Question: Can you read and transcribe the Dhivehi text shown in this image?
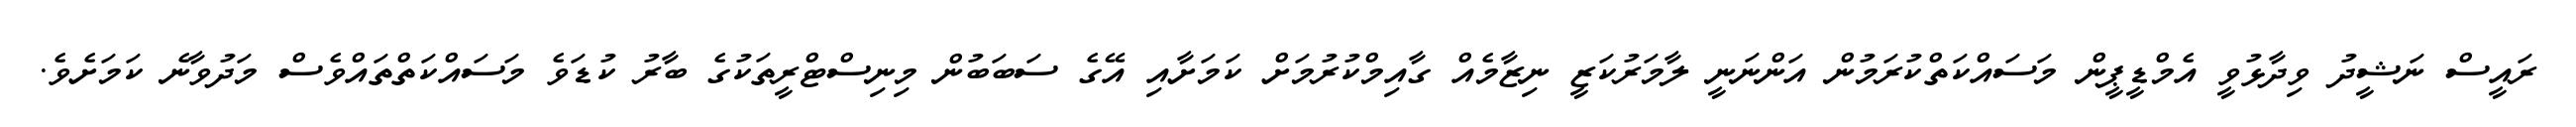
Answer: ރައީސް ނަޝީދު ވިދާޅުވީ އެމްޑީޕީން މަސައްކަތްކުރަމުން އަންނަނީ ލާމަރުކަޒީ ނިޒާމެއް ގާއިމްކުރުމަށް ކަމަށާއި އޭގެ ސަބަބުން މިނިސްޓްރީތަކުގެ ބާރު ކުޑަވެ މަސައްކަތްތައްވެސް މަދުވާނެ ކަމަށެވެ.